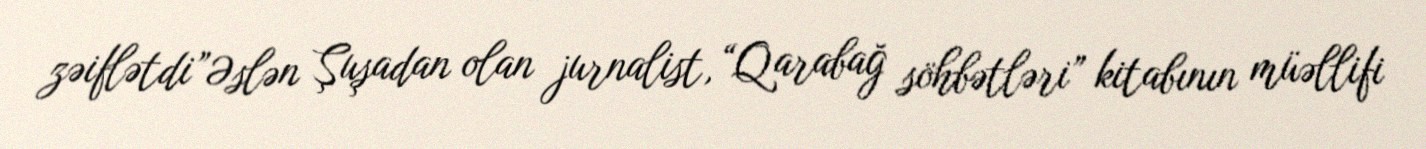
zəiflətdi”Əslən Şuşadan olan jurnalist, “Qarabağ söhbətləri” kitabının müəllifi